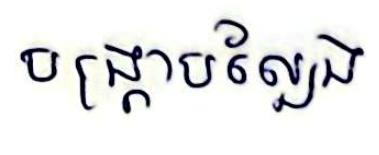
បង្ក្រាបល្បែង